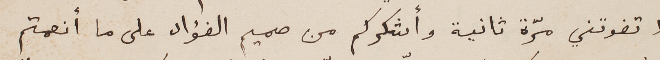
لا تفوتني مرّة ثانية وأشكركم من صميم الفؤاد على أنعمتم